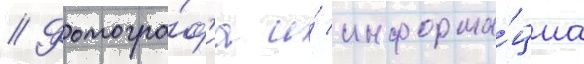
// Фотогра́ф'иа и́ информа́циа